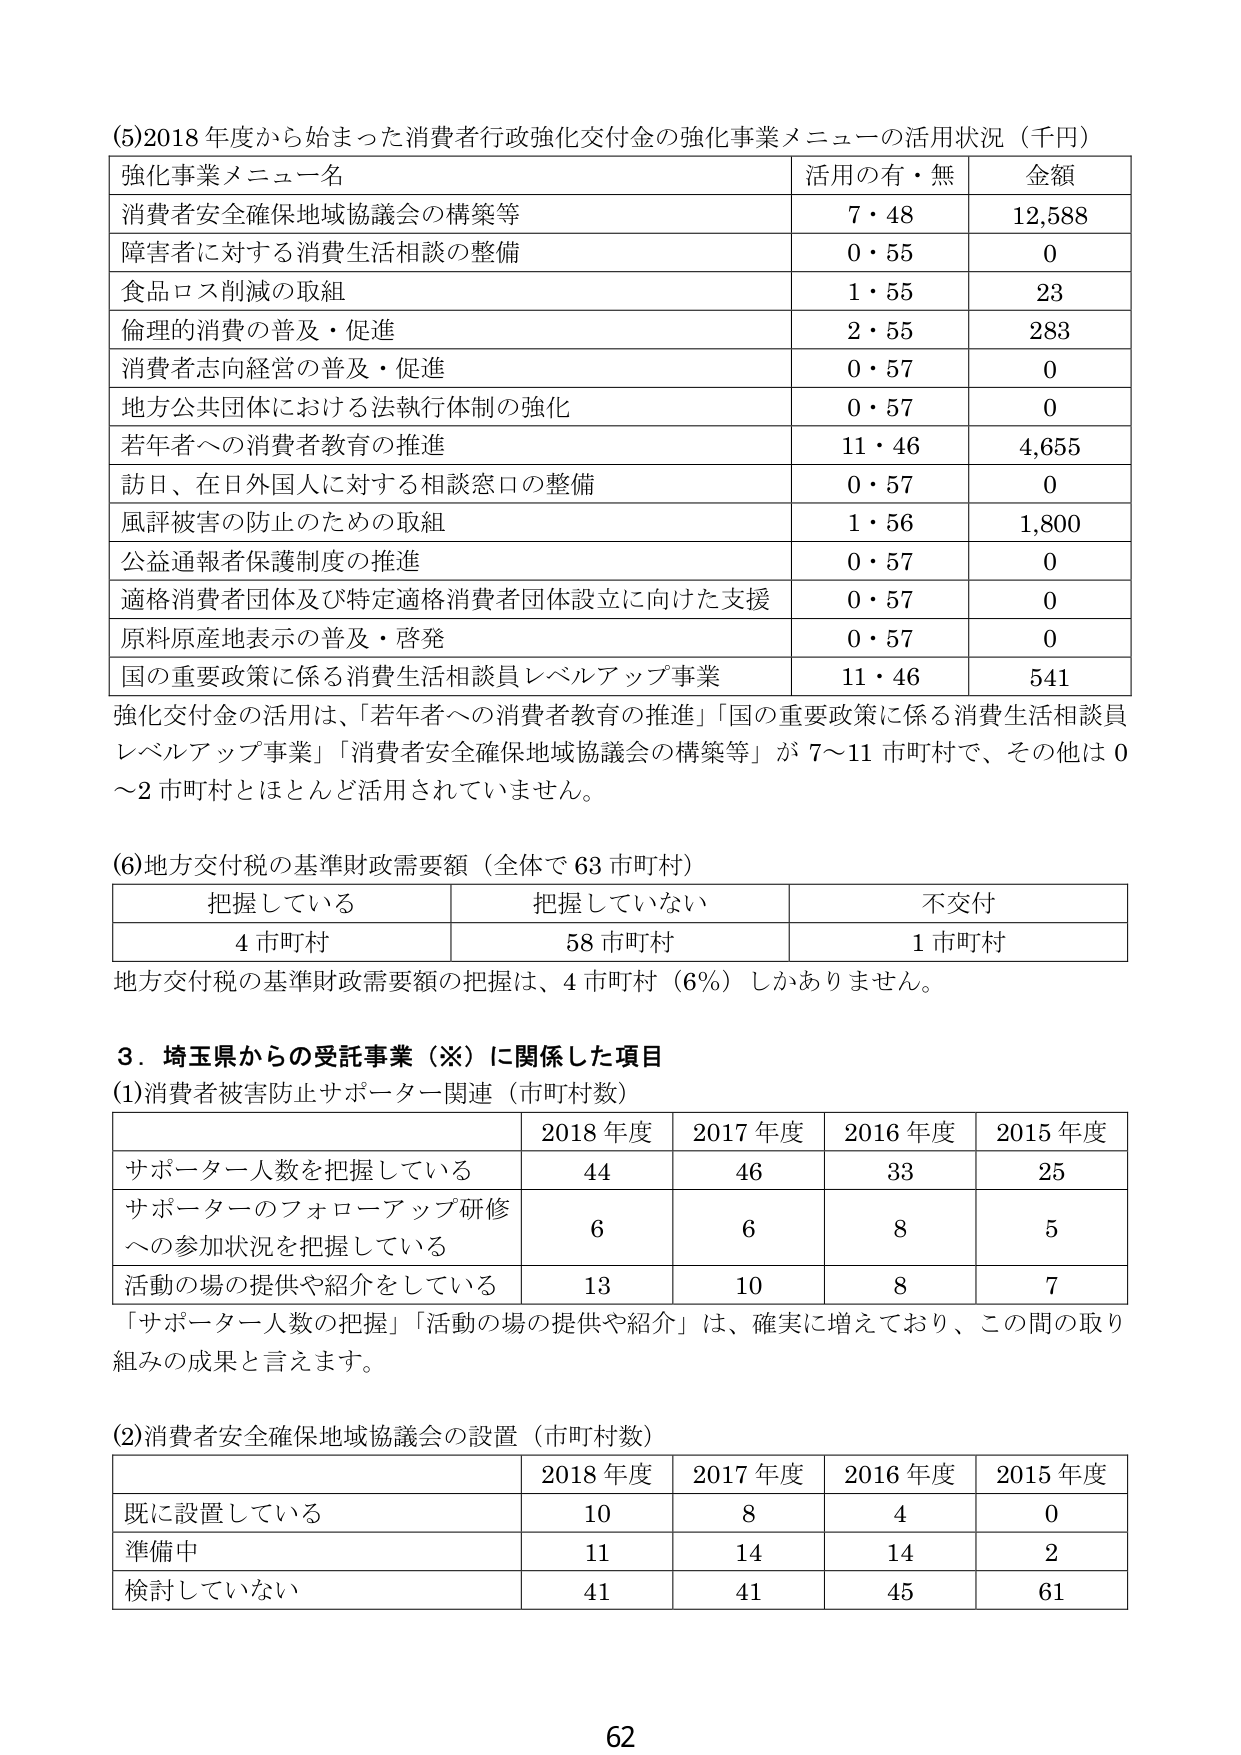
(5)2018年度から始まった消費者行政強化交付金の強化事業メニューの活用状況（千円）

強化事業メニュー名　　　　　　　　　　　　　　　　　　　　　活用の有・無　　　　　金額
消費者安全確保地域協議会の構築等　　　　　　　　　　　　　　7・48　　　　　　　　12,588
障害者に対する消費生活相談の整備　　　　　　　　　　　　　　0・55　　　　　　　　　　0
食品ロス削減の取組　　　　　　　　　　　　　　　　　　　　　1・55　　　　　　　　　23
倫理的消費の普及・促進　　　　　　　　　　　　　　　　　　　2・55　　　　　　　　　283
消費者志向経営の普及・促進　　　　　　　　　　　　　　　　　0・57　　　　　　　　　　0
地方公共団体における法執行体制の強化　　　　　　　　　　　　0・57　　　　　　　　　　0
若年者への消費者教育の推進　　　　　　　　　　　　　　　　　11・46　　　　　　　　4,655
訪日、在日外国人に対する相談窓口の整備　　　　　　　　　　0・57　　　　　　　　　　0
風評被害の防止のための取組　　　　　　　　　　　　　　　　　1・56　　　　　　　　1,800
公益通報者保護制度の推進　　　　　　　　　　　　　　　　　　0・57　　　　　　　　　　0
適格消費者団体及び特定適格消費者団体設立に向けた支援　　　　0・57　　　　　　　　　　0
原料原産地表示の普及・啓発　　　　　　　　　　　　　　　　　0・57　　　　　　　　　　0
国の重要政策に係る消費生活相談員レベルアップ事業　　　　　　11・46　　　　　　　　541

強化交付金の活用は、「若年者への消費者教育の推進」「国の重要政策に係る消費生活相談員レベルアップ事業」「消費者安全確保地域協議会の構築等」が7～11市町村で、その他は0～2市町村とほとんど活用されていません。

(6)地方交付税の基準財政需要額（全体で63市町村）

把握している　　　　　　　把握していない　　　　　　　不交付
4市町村　　　　　　　　　58市町村　　　　　　　　　1市町村

地方交付税の基準財政需要額の把握は、4市町村（6%）しかありません。

3．埼玉県からの受託事業（※）に関係した項目

(1)消費者被害防止サポーター関連（市町村数）

　　　　　　　　　　　　　　　　　　　2018年度　　　2017年度　　　2016年度　　　2015年度
サポーター人数を把握している　　　　　　44　　　　　　46　　　　　　33　　　　　　25
サポーターのフォローアップ研修　　　　　6　　　　　　6　　　　　　8　　　　　　5
への参加状況を把握している
活動の場の提供や紹介をしている　　　　　13　　　　　　10　　　　　　8　　　　　　7

「サポーター人数の把握」「活動の場の提供や紹介」は、確実に増えており、この間の取り組みの成果と言えます。

(2)消費者安全確保地域協議会の設置（市町村数）

　　　　　　　　　　　　　　　　　　　2018年度　　　2017年度　　　2016年度　　　2015年度
既に設置している　　　　　　　　　　　10　　　　　　8　　　　　　4　　　　　　0
準備中　　　　　　　　　　　　　　　　11　　　　　　14　　　　　　14　　　　　　2
検討していない　　　　　　　　　　　　41　　　　　　41　　　　　　45　　　　　　61

62